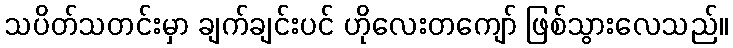
သပိတ်သတင်းမှာ ချက်ချင်းပင် ဟိုလေးတကျော် ဖြစ်သွားလေသည်။